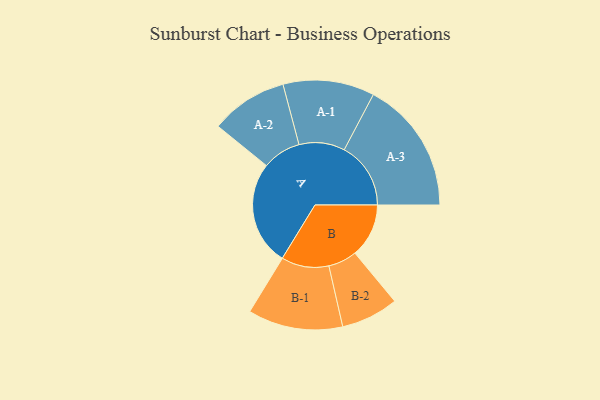
{"axis": {"x": "Segment", "y": "Value"}, "legend": ["", "A", "B"], "data": [{"x": "A", "y": 411, "type": ""}, {"x": "B", "y": 212, "type": ""}, {"x": "A-1", "y": 180, "type": "A"}, {"x": "A-2", "y": 152, "type": "A"}, {"x": "A-3", "y": 262, "type": "A"}, {"x": "B-1", "y": 187, "type": "B"}, {"x": "B-2", "y": 113, "type": "B"}]}